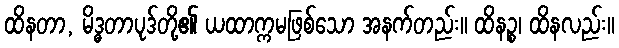
ထိနတာ, မိဒ္ဓတာပုဒ်တို့၏ ယထာက္ကမဖြစ်သော အနက်တည်း။ ထိနဉ္စ၊ ထိနလည်း။